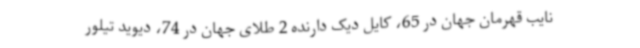
نایب قهرمان جهان در 65، کایل دیک دارنده 2 طلای جهان در 74، دیوید تیلور